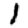
Digit: 1